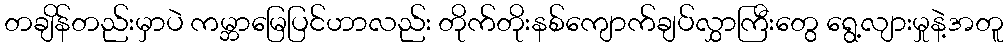
တချိန်တည်းမှာပဲ ကမ္ဘာမြေပြင်ဟာလည်း တိုက်တိုးနစ်ကျောက်ချပ်လွှာကြီးတွေ ရွေ့လျားမှုနဲ့အတူ